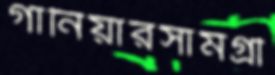
গার্নিয়ারসামগ্রী